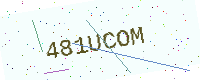
Text: 481UCOM